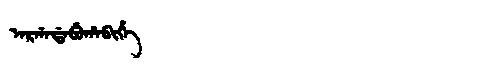
Manchu: ᠠᡵᡤᠠᡩᠠᠪᡠᡥᠠᠪᡳᡥᡝ
Romanization: ARGADABUHABIHE